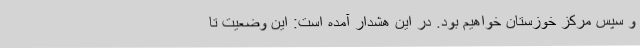
و سپس مرکز خوزستان خواهیم بود. در این هشدار آمده است: این وضعیت تا